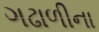
ગઢાળીના